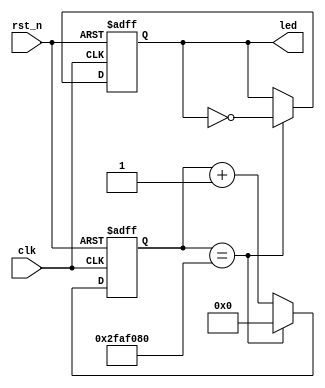

//`define SIMULATION

`timescale 1ns/10ps
module led_test 

  #(parameter NUM_COUNT = 50000000)
   
   (
    input  clk, rst_n,
    output led
    );

   reg [31:0] count_r, count_n;
   reg 	      led_r, led_n;

   assign led = led_r;

   always@(posedge clk or negedge rst_n)
     if(!rst_n)
       count_r <= 0;
     else
       count_r <= count_n;

   always@* 
     if(count_r == NUM_COUNT)
       count_n = 0;
     else
       count_n = count_r+1;

   always@(posedge clk or negedge rst_n)
     if(!rst_n)
       led_r <= 0;
     else
       led_r <= led_n;

   always@*
     if(count_r == NUM_COUNT)
       led_n = ~led_r;
     else
       led_n = led_r;



endmodule // led